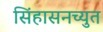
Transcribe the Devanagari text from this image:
सिंहासनच्युत